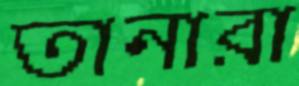
তানারা